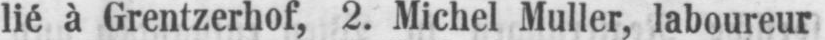
lié à Grentzerhof, 2. Michel Muller, laboureur